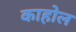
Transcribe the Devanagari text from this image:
काहोल